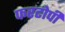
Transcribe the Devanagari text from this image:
फरटोपी